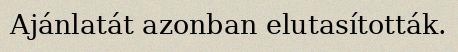
Ajánlatát azonban elutasították.